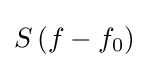
S\left(f-f_{0}\right)